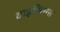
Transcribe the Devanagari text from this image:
वाइकिन्ग्स